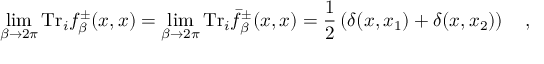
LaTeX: \operatorname * { l i m } _ { \beta \rightarrow 2 \pi } \mathrm { T r } _ { i } f _ { \beta } ^ { \pm } ( x , x ) = \operatorname * { l i m } _ { \beta \rightarrow 2 \pi } \mathrm { T r } _ { i } \bar { f } _ { \beta } ^ { \pm } ( x , x ) = \frac 1 2 \left( \delta ( x , x _ { 1 } ) + \delta ( x , x _ { 2 } ) \right) ~ ~ ~ ,